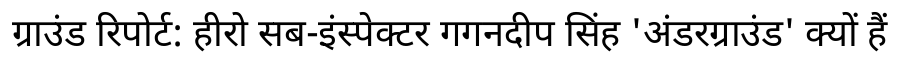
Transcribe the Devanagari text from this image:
ग्राउंड रिपोर्ट: हीरो सब-इंस्पेक्टर गगनदीप सिंह 'अंडरग्राउंड' क्यों हैं